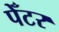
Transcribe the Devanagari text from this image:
पेँटर